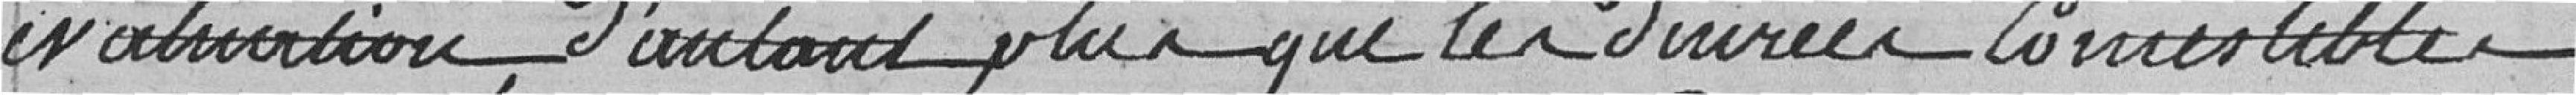
évaluation, d'autant plus que les denrées comestibles